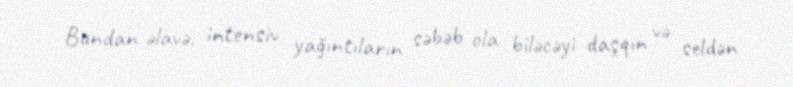
Bundan əlavə, intensiv yağıntıların səbəb ola biləcəyi daşqın və seldən